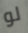
لو